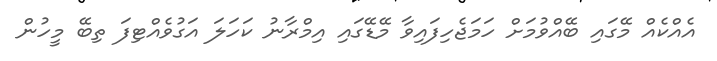
އެއްކެއް މޭގައި ބޭއްވުމަށް ހަމަޖެހިފައިވާ މޭޑޭގައި އިމްރާނު ކަހަލަ އަގުވެއްޓިފަ ތިބޭ މީހުން